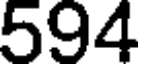
594